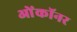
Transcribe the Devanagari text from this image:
ओंकॉनर